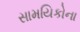
સામયિકોના